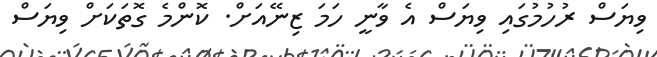
ވިޔަސް ރުހުމުގައި ވިޔަސް އެ ވާނީ ހަމަ ޒިނޭއަށް. ކޮންމެ ގޮތަކަށް ވިޔަސް